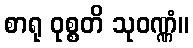
စာရု ဝုစ္စတိ သုဝဏ္ဏံ။